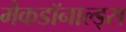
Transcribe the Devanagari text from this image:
मैकडॉनाल्ड्स